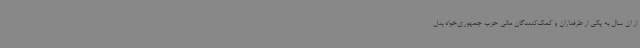
از ان سال به یکی از طرفداران و کمک‌کنندگان مالی حزب جمهوری‌خواه بدل